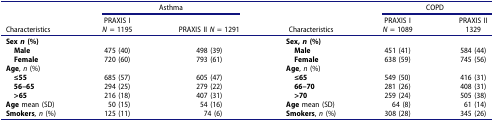
<table><thead><tr><td><b> </b></td><td colspan="2"><b>Asthma</b></td><td><b> </b></td><td colspan="2"><b>COPD</b></td></tr><tr><td><b>Characteristics</b></td><td><b>PRAXIS I<i>N</i> = 1195</b></td><td><b>PRAXIS II <i>N</i> = 1291</b></td><td><b>Characteristics</b></td><td><b>PRAXIS I<i>N</i> = 1089</b></td><td><b>PRAXIS II1329</b></td></tr></thead><tbody><tr><td><b>Sex <i>n</i> (%)</b></td><td> </td><td> </td><td><b>Sex, <i>n</i> (%)</b></td><td> </td><td> </td></tr><tr><td> <b>Male</b></td><td>475 (40)</td><td>498 (39)</td><td> <b>Male</b></td><td>451 (41)</td><td>584 (44)</td></tr><tr><td> <b>Female</b></td><td>720 (60)</td><td>793 (61)</td><td> <b>Female</b></td><td>638 (59)</td><td>745 (56)</td></tr><tr><td><b>Age</b>, <i>n</i> (%)</td><td> </td><td> </td><td><b>Age</b>, <i>n</i> (%)</td><td> </td><td> </td></tr><tr><td> <b>≤55</b></td><td>685 (57)</td><td>605 (47)</td><td> <b>≤65</b></td><td>549 (50)</td><td>416 (31)</td></tr><tr><td> <b>56–65</b></td><td>294 (25)</td><td>279 (22)</td><td> <b>66–70</b></td><td>281 (26)</td><td>408 (31)</td></tr><tr><td> <b>&gt;65</b></td><td>216 (18)</td><td>407 (31)</td><td> <b>&gt;70</b></td><td>259 (24)</td><td>505 (38)</td></tr><tr><td><b>Age</b> mean (SD)</td><td>50 (15)</td><td>54 (16)</td><td><b>Age</b> mean (SD)</td><td>64 (8)</td><td>61 (14)</td></tr><tr><td><b>Smokers</b>, <i>n</i> (%)</td><td>125 (11)</td><td>74 (6)</td><td><b>Smokers</b>, <i>n</i> (%)</td><td>308 (28)</td><td>345 (26)</td></tr></tbody></table>